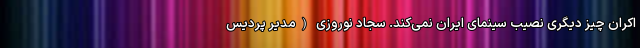
اکران چیز دیگری نصیب سینمای ایران نمی‌کند. سجاد نوروزی (مدیر پردیس